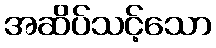
အဆိပ်သင့်သော